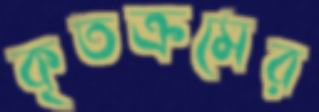
কৃতক্রমের